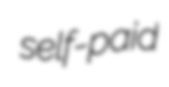
self-paid